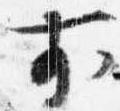
前